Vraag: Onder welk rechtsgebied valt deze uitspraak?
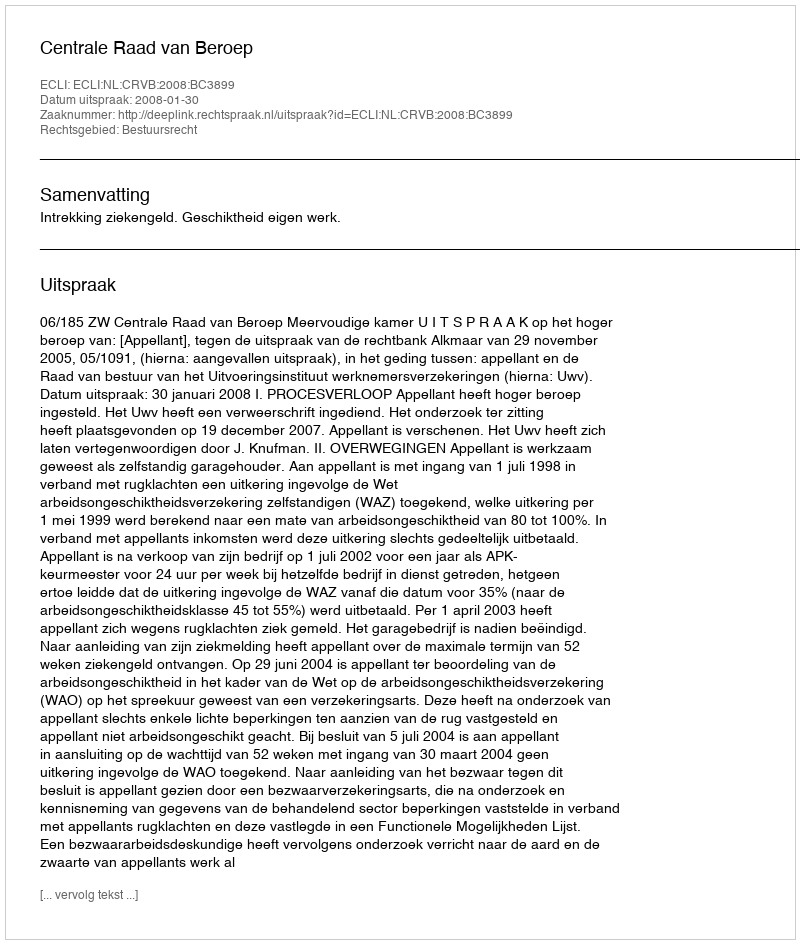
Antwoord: Bestuursrecht